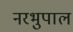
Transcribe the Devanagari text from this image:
नरभुपाल